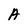
Character: A